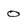
Character: o